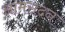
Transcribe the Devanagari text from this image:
आमसदन